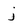
Character: j